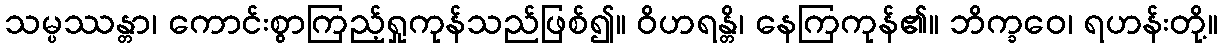
သမ္ပဿန္တာ၊ ကောင်းစွာကြည့်ရှုကုန်သည်ဖြစ်၍။ ဝိဟရန္တိ၊ နေကြကုန်၏။ ဘိက္ခဝေ၊ ရဟန်းတို့။